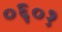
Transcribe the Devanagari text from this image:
०६०१